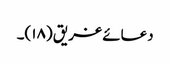
دعائے غریق (۱۸)۔